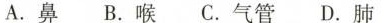
A.鼻B.喉C.气管D.肺